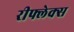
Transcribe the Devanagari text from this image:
रीफ्लेक्स